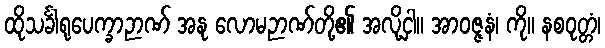
ထိုသင်္ခါရုပေက္ခာဉာဏ် အနု လောမဉာဏ်တို့၏ အလို့ငှါ။ အာဝဇ္ဇနံ၊ ကို။ နစဝုတ္တံ၊